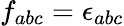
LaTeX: f_{abc}=\epsilon_{abc}